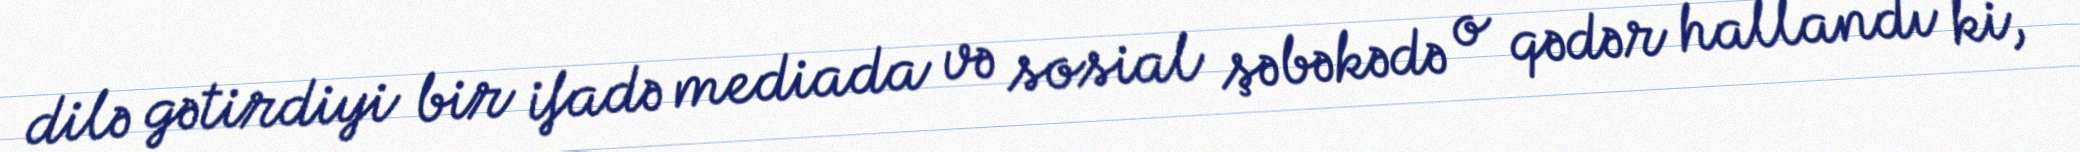
dilə gətirdiyi bir ifadə mediada və sosial şəbəkədə o qədər hallandı ki,